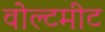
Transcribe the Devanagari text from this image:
वोल्टमीट